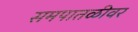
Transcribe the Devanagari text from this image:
समपातळीवर